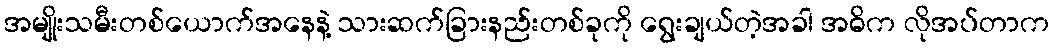
အမျိုးသမီးတစ်ယောက်အနေနဲ့ သားဆက်ခြားနည်းတစ်ခုကို ရွေးချယ်တဲ့အခါ အဓိက လိုအပ်တာက